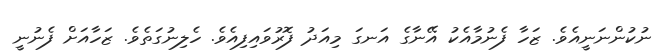
ނުކުންނަނީއެވެ. ޒަހާ ފެނުމާއެކު އޭނާގެ އަނގަ މިއަދު ފޮރުވައިފިއެވެ. ހެލިނުގަތެވެ. ޒަހާއަށް ފެނުނީ